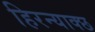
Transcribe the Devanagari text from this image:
हिरन्याक्छ